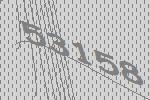
53158